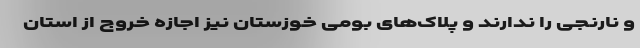
و نارنجی را ندارند و پلاک‌های بومی خوزستان نیز اجازه خروج از استان